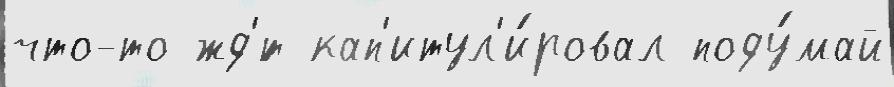
что-то жд'́т кап'итул'и́ровал поду́май